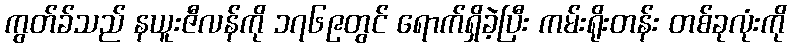
ကွတ်ခ်သည် နယူးဇီလန်ကို ၁၇၆၉တွင် ရောက်ရှိခဲ့ပြီး ကမ်းရိုးတန်း တစ်ခုလုံးကို